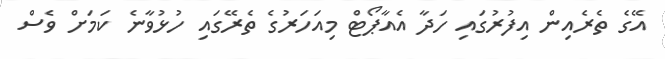
އޭގެ ތެރެއިން އިފުރުގައި ހަދާ އެއާޕޯޓް މިއަހަރުގެ ތެރޭގައި ހުޅުވާނެ ކަމަށް ވެސް